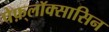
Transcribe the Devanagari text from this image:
पेफ़्लॉक्सासिन